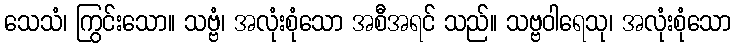
သေသံ၊ ကြွင်းသော။ သဗ္ဗံ၊ အလုံးစုံသော အစီအရင် သည်။ သဗ္ဗဝါရေသု၊ အလုံးစုံသော